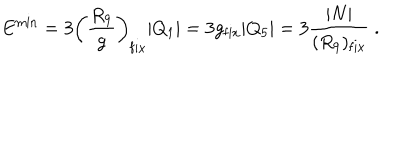
E ^ { \mathrm { m i n } } = 3 \left( { \frac { R _ { 9 } } { g } } \right) _ { \mathrm { f i x } } | Q _ { 1 } | = 3 g _ { \mathrm { f i x } } | Q _ { 5 } | = 3 { \frac { | N | } { ( R _ { 9 } ) _ { \mathrm { f i x } } } } \ .